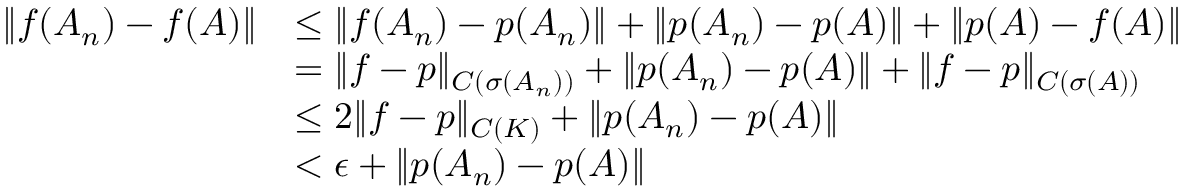
\begin{array} { r l } { \| f ( A _ { n } ) - f ( A ) \| } & { \le \| f ( A _ { n } ) - p ( A _ { n } ) \| + \| p ( A _ { n } ) - p ( A ) \| + \| p ( A ) - f ( A ) \| } \\ & { = \| f - p \| _ { C ( σ ( A _ { n } ) ) } + \| p ( A _ { n } ) - p ( A ) \| + \| f - p \| _ { C ( σ ( A ) ) } } \\ & { \le 2 \| f - p \| _ { C ( K ) } + \| p ( A _ { n } ) - p ( A ) \| } \\ & { < \epsilon + \| p ( A _ { n } ) - p ( A ) \| } \end{array}